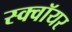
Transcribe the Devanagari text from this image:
स्क्वॉयर